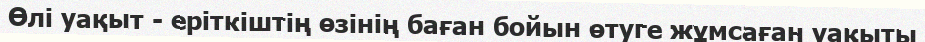
Өлі уақыт - еріткіштің өзінің баған бойын өтуге жұмсаған уақыты